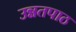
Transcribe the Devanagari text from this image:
उन्नतपाठ